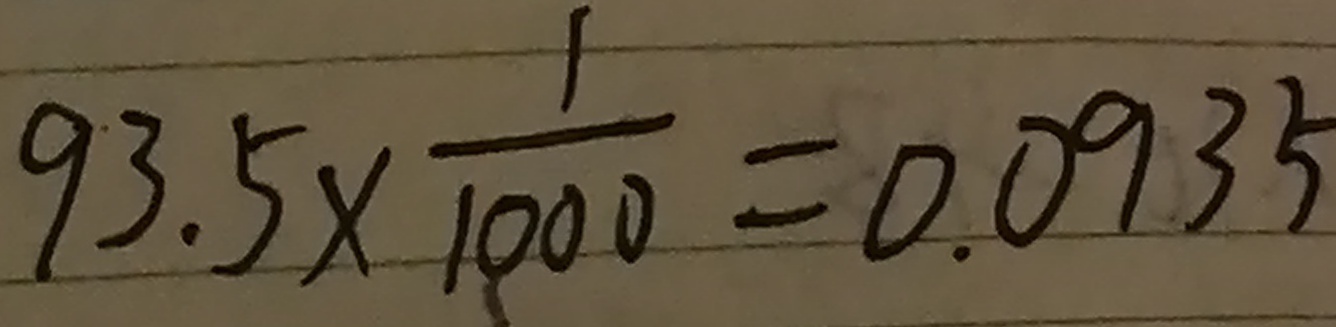
9 3 . 5 \times \frac { 1 } { 1 0 0 0 } = 0 . 0 9 3 5